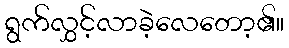
ရွက်လွှင့်လာခဲ့လေတော့၏။